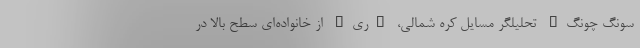
سونگ چونگ" تحلیلگر مسایل کره شمالی، "ری" از خانواده‌ای سطح بالا در